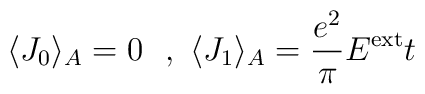
\langle J_0\rangle_A=0  ~~,~ \langle J_1\rangle_A=\frac{e^2}{\pi} E^{\rm ext} t